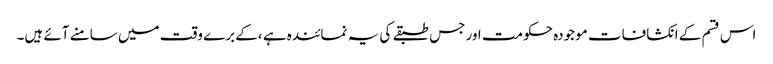
اس قسم کے انکشافات موجودہ حکومت اور جس طبقے کی یہ نمائندہ ہے ،کے برے وقت میں سامنے آئے ہیں۔